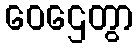
ဝေဌေတွာ